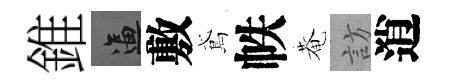
錐逼敷鳶帙菴訪逍